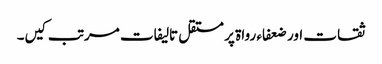
ثقات اور ضعفاء رواۃ پر مستقل تالیفات مرتب کیں­۔